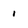
Character: i